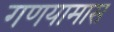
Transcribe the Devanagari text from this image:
गणयामास